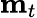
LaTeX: {\mathbf{m}}_{t}